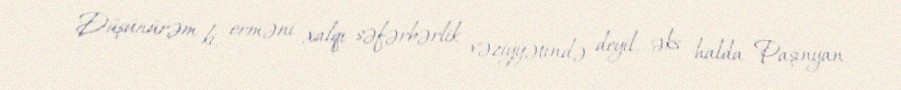
Düşünürəm ki, erməni xalqı səfərbərlik vəziyyətində deyil, əks halda Paşinyan